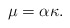
\begin{align*} \mu=\alpha\kappa.\end{align*}